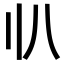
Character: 𠔂